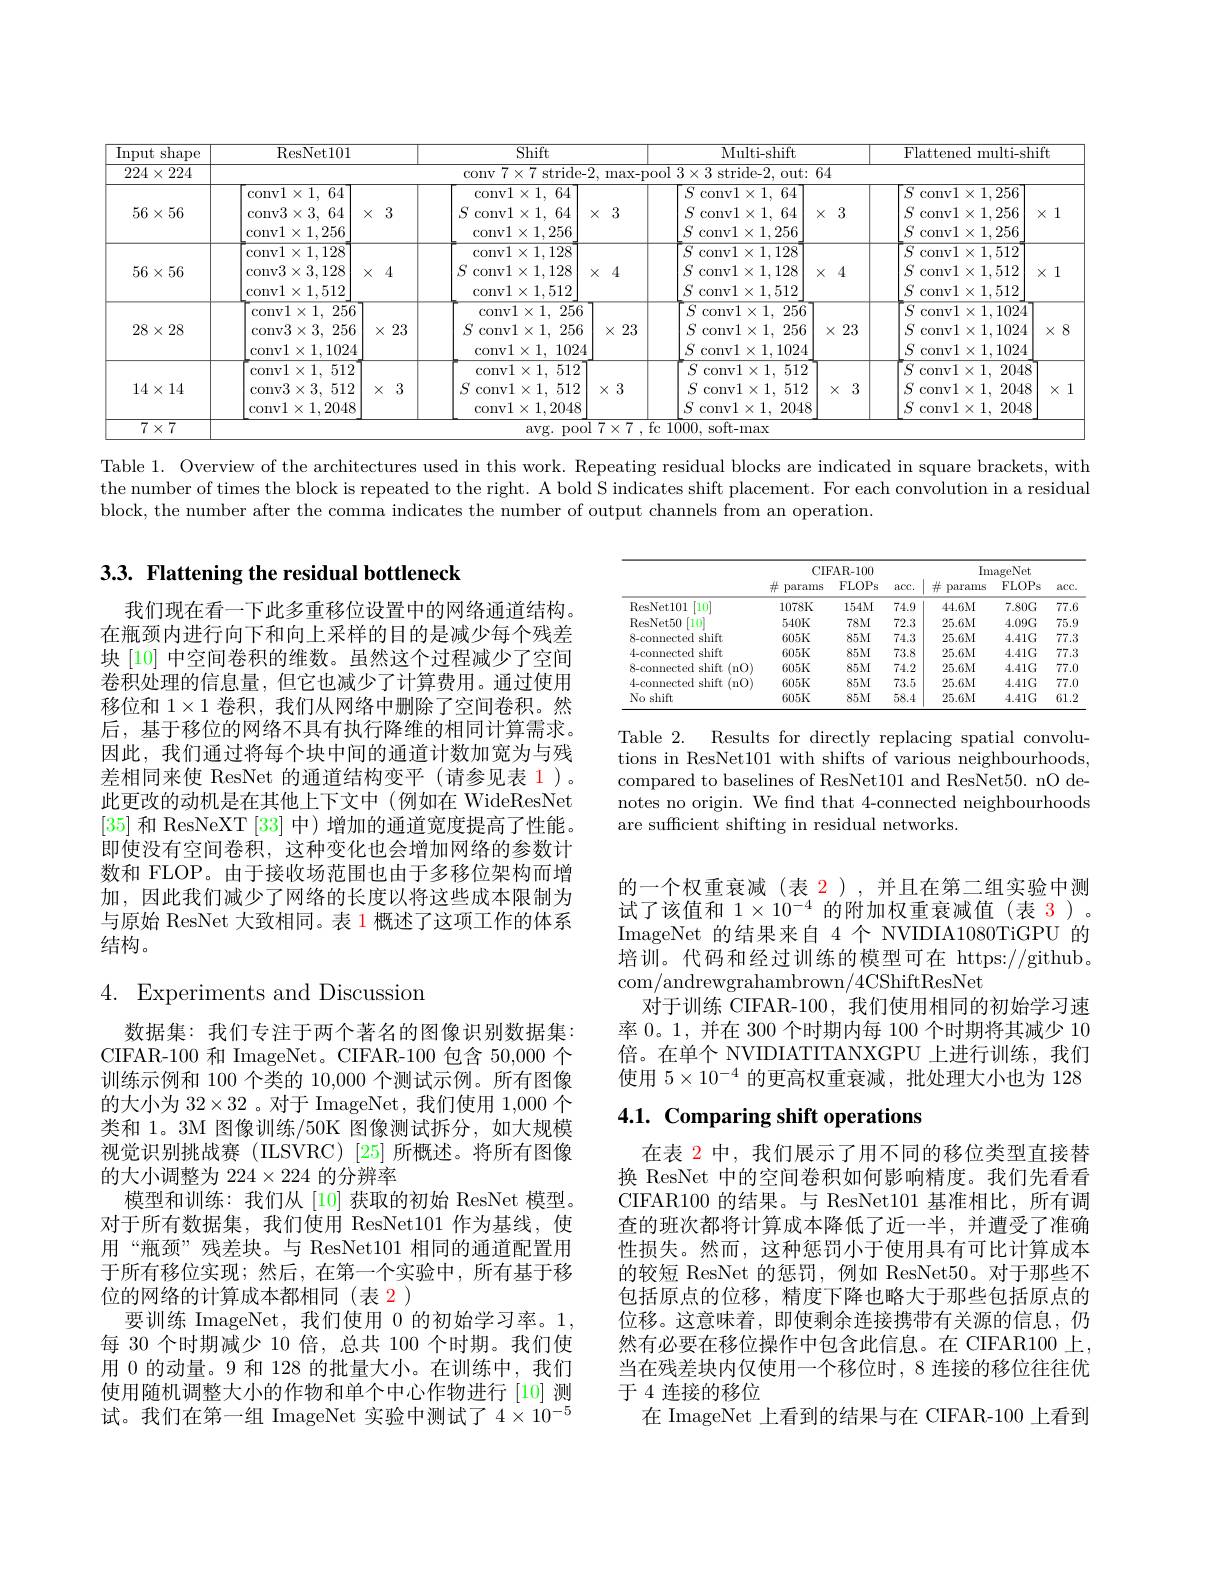
<table>
	<tbody>
		<tr>
			<th>Input shape</th>
			<th>ResNet101</th>
			<th> </th>
			<th colspan="2">Shift</th>
			<th colspan="2">Multi- shift</th>
			<th colspan="2">Flattened multi-shift</th>
		</tr>
		<tr>
			<td>$224\times$ 224 <1</td>
			<td> </td>
			<td> </td>
			<td>conv $7\times7$ stride-</td>
			<td>2, max-p</td>
			<td>ol $3\times3$ stride-2, out:</td>
			<td>$j4$</td>
			<td> </td>
			<td> </td>
		</tr>
		<tr>
			<td>$56\times56$</td>
			<td>conv$1\times1,64$ conv$3\times3,64$ conv$1\times1,256$</td>
			<td>3 $X\vdots$</td>
			<td>conv$1\times1,64$ $S$ conv1$\times$1, 64 conv$1\times1,256$</td>
			<td>3 $X:$ </td>
			<td>$S$ conv$1\times1,64$ $S$ conv$1\times1,64$ $S$ conv$1\times 1, 256$</td>
			<td>3 $x$</td>
			<td>$S$ conv$1\times1,256$ $S$ conv$1\times1,256$ $S$ conv$1\times1.256$</td>
			<td>1 $X$</td>
		</tr>
		<tr>
			<td>$56\times56$</td>
			<td>$\times1,128$ $\operatorname{convl}>$ conv$3\times3,128$ conv$1\times1,512$</td>
			<td>$\times4$</td>
			<td>conv1$\times$1. 128 $S$ conv$1\times1,128$ conv$1\times1,512$</td>
			<td>$\times4$</td>
			<td>conv$1\times1.128$ S conv$1\times1,128$ S $S$ conv$1\times1,512$</td>
			<td>4 $x$</td>
			<td>conv$1\times1,512$ 5 conv1$\times$1, 512 5 S conv$1\times1,512$</td>
			<td>1 $X$</td>
		</tr>
		<tr>
			<td>$28\times28$</td>
			<td>conv$1\times1,256$ conv3$\times$3, 256 conv$1\times1,1024$</td>
			<td>$\times23$</td>
			<td>conv$1\times 1$, 256 $S$ conv$1\times1,256$ conv$1\times1,1024$</td>
			<td>$\times23$</td>
			<td>$S$ conv$1\times 1$, 256 $S$ conv$1\times 1$, 256 $S$ conv$1\times1,1024$</td>
			<td>23 $X$</td>
			<td>5 conv$1\times1,1024$ conv$1\times1,1024$ $S$ conv$1\times1,1024$</td>
			<td>$X.$ 8</td>
		</tr>
		<tr>
			<td>$14\times14$</td>
			<td>conv$1\times 1$, 512 conv3$\times 3$, 512 conv$1\times 1, 2048$</td>
			<td>3 $X$ </td>
			<td>conv$1\times1,512$ $S$ conv$1\times1,512$ conv$1\times1,2048$</td>
			<td>$\times3$</td>
			<td>$S$ convl$\times 1$, 512 $S$ conv1$\times 1, 512$ $S$ conv1$\times$1, 2048</td>
			<td>3 $X$</td>
			<td>$S$ conv$1\times1,2048$ $S$ conv$1\times1,2048$ $S$ conv$1\times1,2048$</td>
			<td>$X$</td>
		</tr>
	</tbody>
</table>

Table 1. Overview of the architectures used in this work. Repeating residual blocks are indicated in square brackets, with the number of times the block is repeated to the right. A bold S indicates shift placement. For each convolution in a residual block, the number after the comma indicates the number of output channels from an operation.

# 3.3. Flattening the residual bottleneck

<table>
	<tbody>
		<tr>
			<th> </th>
			<th colspan="3">CIFAR-100</th>
			<th colspan="3">ImageNet</th>
		</tr>
		<tr>
			<th> </th>
			<th>$\#$ params</th>
			<th>FLOPs</th>
			<th>$acc.$</th>
			<th>井 params</th>
			<th>FLOPs</th>
			<th>$acc.$</th>
		</tr>
		<tr>
			<td>ResNet101 $[10^{\prime}]$</td>
			<td>1078K</td>
			<td>154M</td>
			<td>74.9</td>
			<td>44.6M</td>
			<td>$7.80G$</td>
			<td>77.6</td>
		</tr>
		<tr>
			<td>ResNet50 '10</td>
			<td>$540K$</td>
			<td>$78M$</td>
			<td>72.3</td>
			<td>25.6M</td>
			<td>$4.09G$</td>
			<td>75.9</td>
		</tr>
		<tr>
			<td>8-connected shift</td>
			<td>$605K$</td>
			<td>$85M$</td>
			<td>74.3</td>
			<td>25.6M</td>
			<td>$4.41G$</td>
			<td>77.3</td>
		</tr>
		<tr>
			<td>4-connected shift</td>
			<td>$605K$</td>
			<td>$85M$</td>
			<td>73.8</td>
			<td>25.6M</td>
			<td>$4.41G$</td>
			<td>77.3</td>
		</tr>
		<tr>
			<td>8-connected shift $( nO)$</td>
			<td>$605K$</td>
			<td>$85M$</td>
			<td>74.2</td>
			<td>25.6M</td>
			<td>$4.41G$</td>
			<td>77.0 </td>
		</tr>
		<tr>
			<td>4-commected shift (n0)</td>
			<td>$605K$</td>
			<td>$85M$</td>
			<td>73.5</td>
			<td>25.6M</td>
			<td>$4.41G$</td>
			<td>77.0 </td>
		</tr>
		<tr>
			<td>No shift</td>
			<td>$605K$</td>
			<td>$85M$</td>
			<td>58.4</td>
			<td>25.6M</td>
			<td>$4.41G$</td>
			<td>61.2 </td>
		</tr>
	</tbody>
</table>

我们现在看一下此多重移位设置中的网络通道结构。在瓶颈内进行向下和向上采样的目的是减少每个残差块 [10] 中空间卷积的维数。虽然这个过程减少了空间卷积处理的信息量，但它也减少了计算费用。通过使用移位和$1\times1$卷积，我们从网络中删除了空间卷积。然后，基于移位的网络不具有执行降维的相同计算需求。因此，我们通过将每个块中间的通道计数加宽为与残差相同来使 ResNet 的通道结构变平 (请参见表 1)。此更改的动机是在其他上下文中(例如在 WideResNet [35]和 ResNeXT [33] 中)增加的通道宽度提高了性能。即使没有空间卷积，这种变化也会增加网络的参数计数和 FLOP。由于接收场范围也由于多移位架构而增加，因此我们减少了网络的长度以将这些成本限制为与原始 ResNet 大致相同。表 1 概述了这项工作的体系结构。

${\mathrm{Table}}2.$
Results for directly replacing spatial convolu-
tions in ResNet101 with shifts of various neighbourhoods, compared to baselines of ResNet101 and ResNet50. nO denotes no origin. We find that 4-connected neighbourhoods are suffcient shifting in residual networks.

的一个权重衰减(表 2),并且在第二组实验中测试了该值和$1\times10^{-4}$的附加权重衰减值(表 3)。ImageNet 的结果来自 4 个 NVIDIA1080TiGPU 的培训。代码和经过训练的模型可在 https://github。com/andrewgrahambrown/4CShiftResNet
对于训练 CIFAR-100,我们使用相同的初始学习速率 0。1, 并在 300 个时期内每 100 个时期将其减少 10倍。在单个 NVIDIATITANXGPU 上进行训练，我们使用$5\times10^{-4}$的更高权重衰减，批处理大小也为 128

# 4. Experiments and Discussion

# 4.1. Comparing shift operations

数据集：我们专注于两个著名的图像识别数据集： CIFAR-100 和 ImageNet。CIFAR-100 包含 50,000 个训练示例和 100 个类的 10,000 个测试示例。所有图像的大小为$32\times32$ 。对于 ImageNet, 我们使用 1,000 个类和 1。3M 图像训练/50K 图像测试拆分，如大规模视觉识别挑战赛(ILSVRC)[25]所概述。将所有图像的大小调整为 224$\times224$的分辨率
模型和训练：我们从[10]获取的初始 ResNet 模型。对于所有数据集，我们使用 ResNet101 作为基线，使用“瓶颈”残差块。与 ResNet101 相同的通道配置用于所有移位实现；然后，在第一个实验中，所有基于移位的网络的计算成本都相同(表 2)
要训练 ImageNet,我们使用 0 的初始学习率。1, 每 30 个时期减少 10 倍，总共 100 个时期。我们使用 0 的动量。9 和 128 的批量大小。在训练中，我们使用随机调整大小的作物和单个中心作物进行 [10] 测试。我们在第一组 ImageNet 实验中测试了$4\times10^{-5}$

在表 2 中，我们展示了用不同的移位类型直接替换 ResNet 中的空间卷积如何影响精度。我们先看看CIFAR100 的结果。与 ResNet101 基准相比，所有调查的班次都将计算成本降低了近一半，并遭受了准确性损失。然而，这种惩罚小于使用具有可比计算成本的较短 ResNet 的惩罚，例如 ResNet50。对于那些不包括原点的位移，精度下降也略大于那些包括原点的位移。这意味着，即使剩余连接携带有关源的信息，仍然有必要在移位操作中包含此信息。在 CIFAR100 上， 当在残差块内仅使用一个移位时，8 连接的移位往往优于 4 连接的移位
在 ImageNet 上看到的结果与在 CIFAR-100 上看到